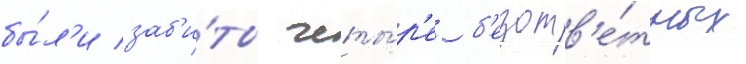
бы́л'и заб'и́ты четы́р'е б'езотв'е́тных